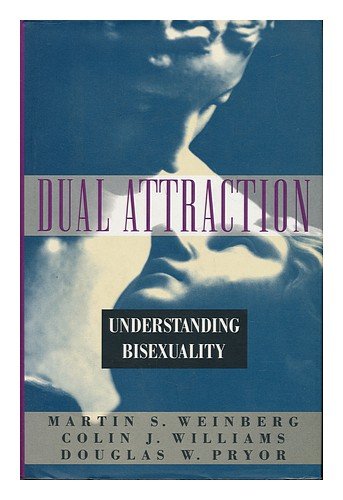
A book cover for Dual Attraction: Understanding Bisexuality; Martin S. Weinberg; Gay & Lesbian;